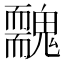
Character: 䰭